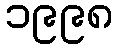
၁၉၉၈